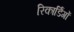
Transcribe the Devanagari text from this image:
रिकार्डिंगों